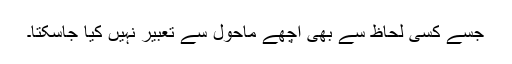
جسے کسی لحاظ سے بھی اچھے ماحول سے تعبیر نہیں کیا جاسکتا۔